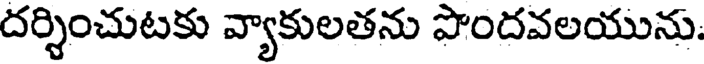
దర్శించుటకు వ్యాకులతను పొందవలయును,